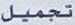
تجمیل